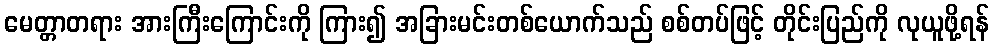
မေတ္တာတရား အားကြီးကြောင်းကို ကြား၍ အခြားမင်းတစ်ယောက်သည် စစ်တပ်ဖြင့် တိုင်းပြည်ကို လုယူဖို့ရန်